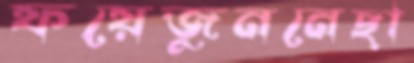
ফয়েজুননেছা